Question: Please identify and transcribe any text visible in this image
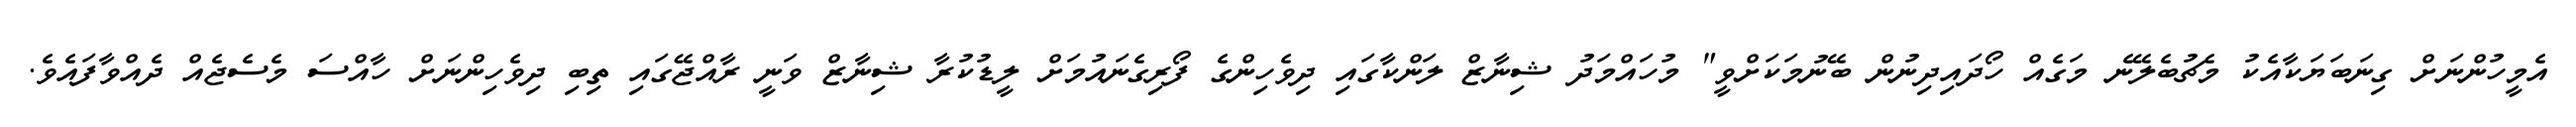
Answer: އެމީހުންނަށް ގިނަބަޔަކާއެކު މެޗުބެލޭނެ މަގެއް ހޯދައިދިނުން ބޭނުމަކަށްވީ" މުހައްމަދު ޝިނާޒް ލަންކާގައި ދިވެހިންގެ ފޯރިގެނައުމަށް ލީޑުކުރާ ޝިނާޒް ވަނީ ރާއްޖޭގައި ތިބި ދިވެހިންނަށް ހާއްސަ މެސެޖެއް ދެއްވާފައެވެ.